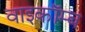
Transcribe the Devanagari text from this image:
वाइकॉम्ब